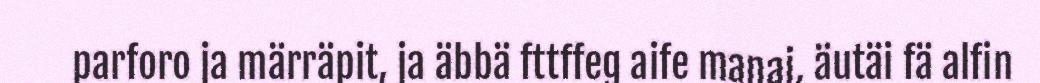
parforo ja märräpit, ja äbbä fttffeg aife manai, äutäi fä alfin